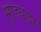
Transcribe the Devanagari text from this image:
मुडियाट्टम